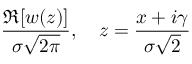
{ \frac { \Re [ w ( z ) ] } { \sigma { \sqrt { 2 \pi } } } } , ~ ~ ~ z = { \frac { x + i \gamma } { \sigma { \sqrt { 2 } } } }